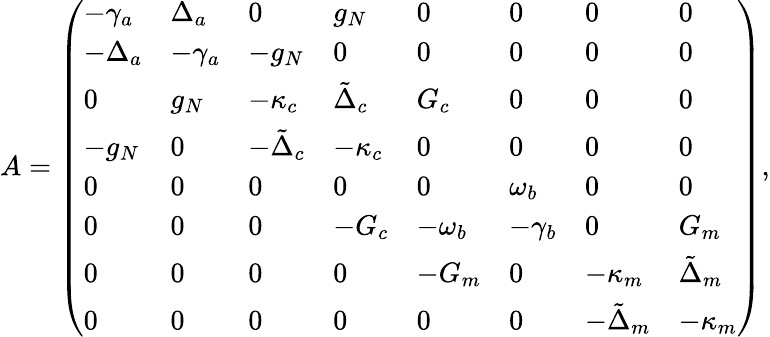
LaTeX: A=\left(\begin{array}{llllllll}{-\gamma_{a}}&{\Delta_{a}}&{0}&{g_{N}}&{0}&{0}&{0}&{0}\\ {-\Delta_{a}}&{-\gamma_{a}}&{-g_{N}}&{0}&{0}&{0}&{0}&{0}\\ {0}&{g_{N}}&{-\kappa_{c}}&{\tilde{\Delta}_{c}}&{G_{c}}&{0}&{0}&{0}\\ {-g_{N}}&{0}&{-\tilde{\Delta}_{c}}&{-\kappa_{c}}&{0}&{0}&{0}&{0}\\ {0}&{0}&{0}&{0}&{0}&{\omega_{b}}&{0}&{0}\\ {0}&{0}&{0}&{-G_{c}}&{-\omega_{b}}&{-\gamma_{b}}&{0}&{G_{m}}\\ {0}&{0}&{0}&{0}&{-G_{m}}&{0}&{-\kappa_{m}}&{\tilde{\Delta}_{m}}\\ {0}&{0}&{0}&{0}&{0}&{0}&{-\tilde{\Delta}_{m}}&{-\kappa_{m}}\end{array}\right),